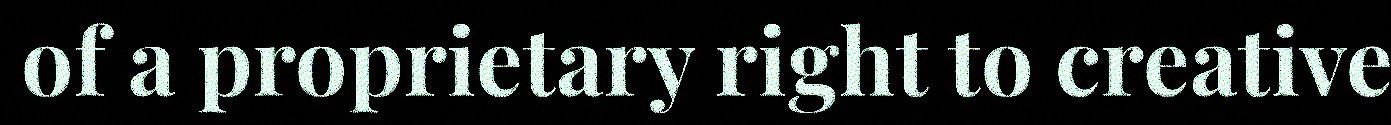
of a proprietary right to creative